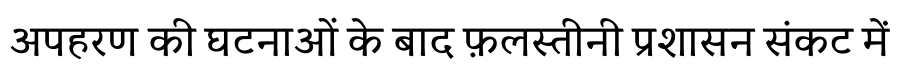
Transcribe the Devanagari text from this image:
अपहरण की घटनाओं के बाद फ़लस्तीनी प्रशासन संकट में